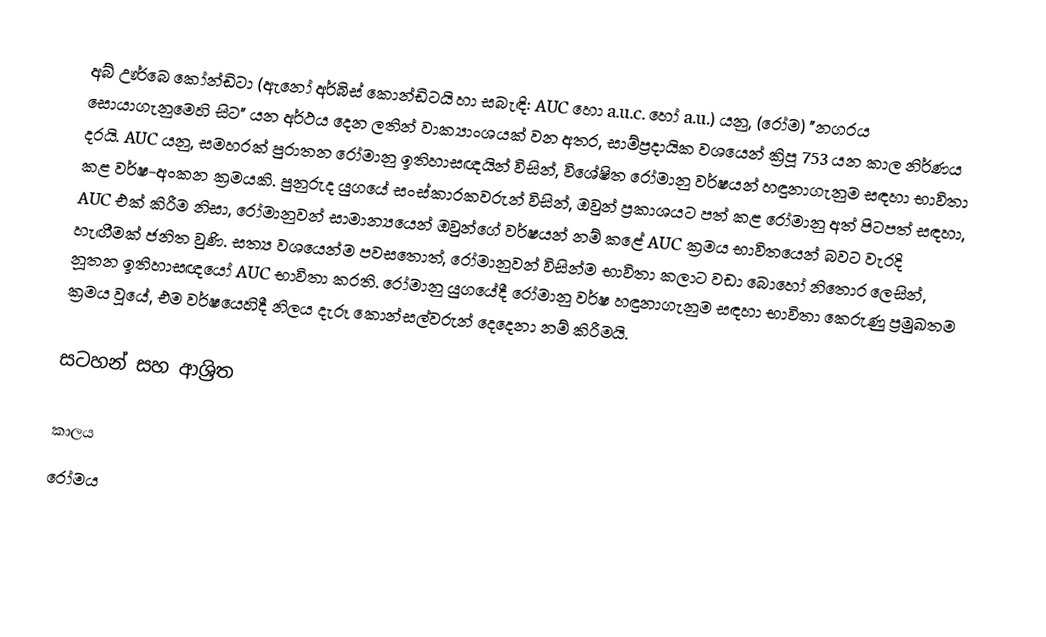
අබ් ඌර්බෙ කෝන්ඩිටා (ඇනෝ අර්බිස් කොන්ඩිටයි හා සබැඳි: AUC හො a.u.c. හෝ a.u.) යනු, (රෝම)  "නගරය සොයාගැනුමෙහි  සිට" යන අර්ථය දෙන ලතින් වාක්‍යාංශයක් වන අතර, සාම්ප්‍රදායික වශයෙන් ක්‍රිපූ 753 යන කාල නිර්ණය දරයි. AUC යනු, සමහරක් පුරාතන රෝමානු ඉතිහාසඥයින් විසින්, විශේෂිත රෝමානු වර්ෂයන් හඳුනාගැනුම සඳහා භාවිතා කළ වර්ෂ-අංකන ක්‍රමයකි. පුනුරුද යුගයේ සංස්කාරකවරුන් විසින්, ඔවුන් ප්‍රකාශයට පත් කළ රෝමානු අත් පිටපත් සඳහා, AUC එක් කිරීම නිසා, රෝමානුවන් සාමාන්‍යයෙන් ඔවුන්ගේ වර්ෂයන් නම් කළේ AUC ක්‍රමය භාවිතයෙන් බවට වැරදි හැඟීමක් ජනිත වුණි. සත්‍ය වශයෙන්ම පවසතොත්, රෝමානුවන් විසින්ම භාවිතා කලාට වඩා බොහෝ නිතොර ලෙසින්, නූතන ඉතිහාසඥයෝ AUC භාවිතා කරති. රෝමානු යුගයේදී රෝමානු වර්ෂ හඳුනාගැනුම සඳහා භාවිතා කෙරුණු ප්‍රමුඛතම ක්‍රමය වූයේ, එම වර්ෂයෙහිදී නිලය දැරූ  කොන්සල්වරුන් දෙදෙනා නම් කිරීමයි.

සටහන් සහ ආශ්‍රිත

කාලය
රෝමය